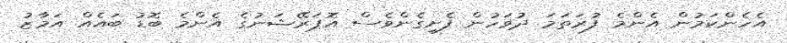
އެހެންކަމުން އެންމެ ފުރަތަމަ ދުވަހުން ފެށިގެންވެސް އޮޕަރޭޝަނުގެ އެންމެ ބޮޑު ބައެއް އަމާޒު